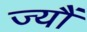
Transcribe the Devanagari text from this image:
ज्‍यौं